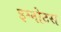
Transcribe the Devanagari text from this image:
इग्नोटस